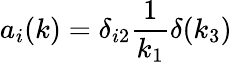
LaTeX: a_{i}(k)=\delta_{i2}\frac{1}{k_{1}}\delta(k_{3})